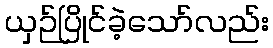
ယှဉ်ပြိုင်ခဲ့သော်လည်း